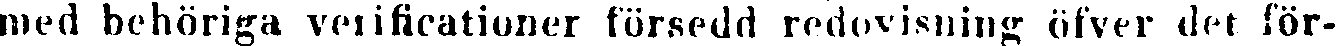
med behöriga verificationer försedd redovisning öfver det för-